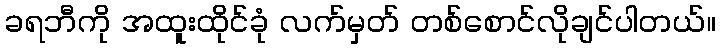
ခရဘီကို အထူးထိုင်ခုံ လက်မှတ် တစ်စောင်လိုချင်ပါတယ်။